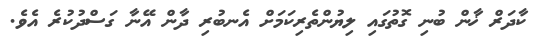
ކާދަރް ޚާން ބުނި ގޮތުގައި ލިޔުންތެރިކަމަށް އެނބުރި ދާން އޭނާ ގަސްދުކުރެ އެވެ.